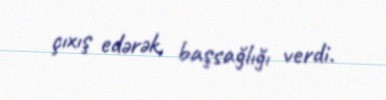
çıxış edərək, başsağlığı verdi.